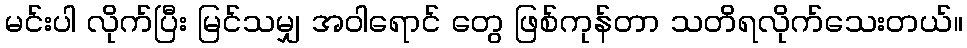
မင်းပါ လိုက်ပြီး မြင်သမျှ အဝါရောင် တွေ ဖြစ်ကုန်တာ သတိရလိုက်သေးတယ်။